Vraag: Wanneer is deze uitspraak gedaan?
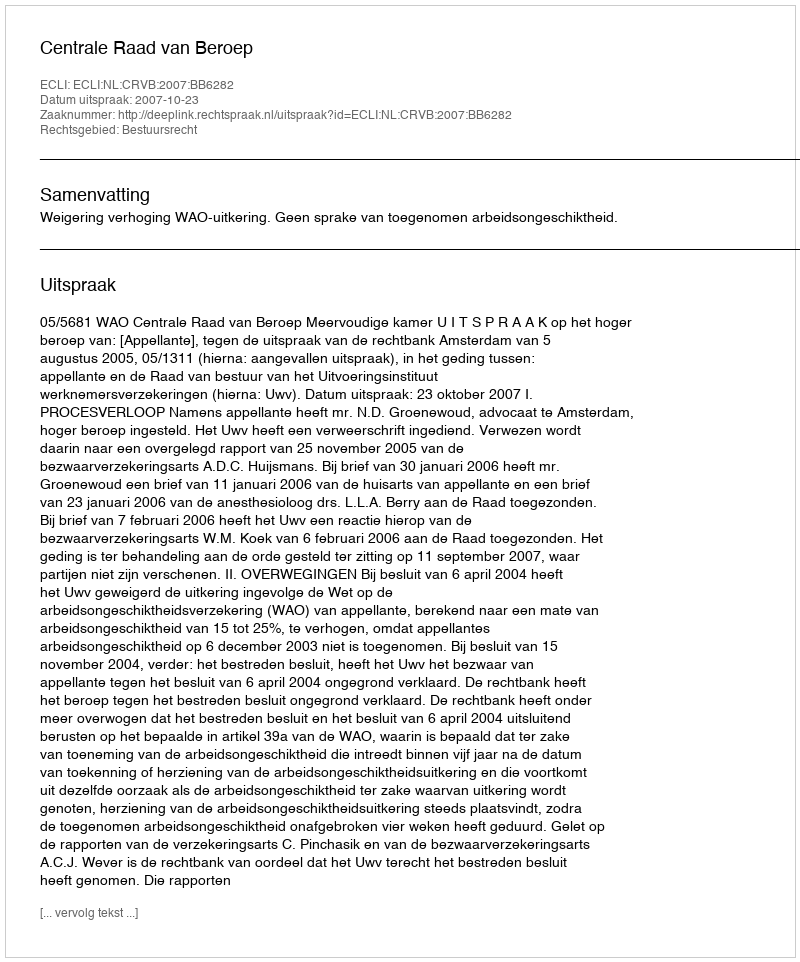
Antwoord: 2007-10-23